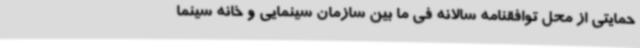
حمایتی از محل توافقنامه سالانه فی ما بین سازمان سینمایی و خانه سینما